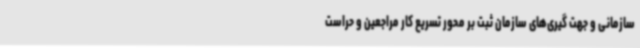
سازمانی و جهت گیری‌های سازمان ثبت بر محور تسریع کار مراجعین و حراست